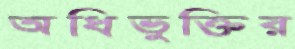
অধিভুক্তির